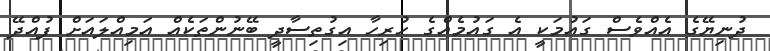
ދުނިޔޭގެ އެއްވެސް ގައުމަކީ އެ ގައުމެއްގެ ހުރިހާ އިގުތިސާދީ ބޭނުންތަކެއް އަމިއްލައަށް ފުއްދޭ